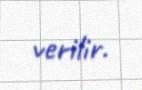
verilir.